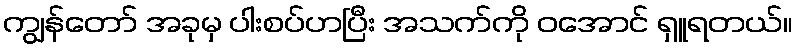
ကျွန်တော် အခုမှ ပါးစပ်ဟပြီး အသက်ကို ဝအောင် ရှူရတယ်။